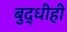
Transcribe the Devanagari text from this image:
बुद्धीही